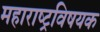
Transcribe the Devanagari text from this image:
महाराष्‍ट्रविषयक